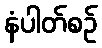
နံပါတ်စဉ်